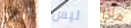
ليدفع ليس ماذا